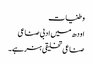
وطنیات
اودھ میں ادبی صناعی
صناعی تخلیقی ہنر ہے۔